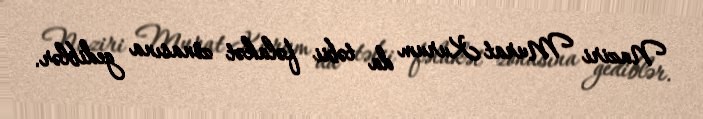
Naziri Murat Kurum da təbii fəlakət zonasına gediblər.